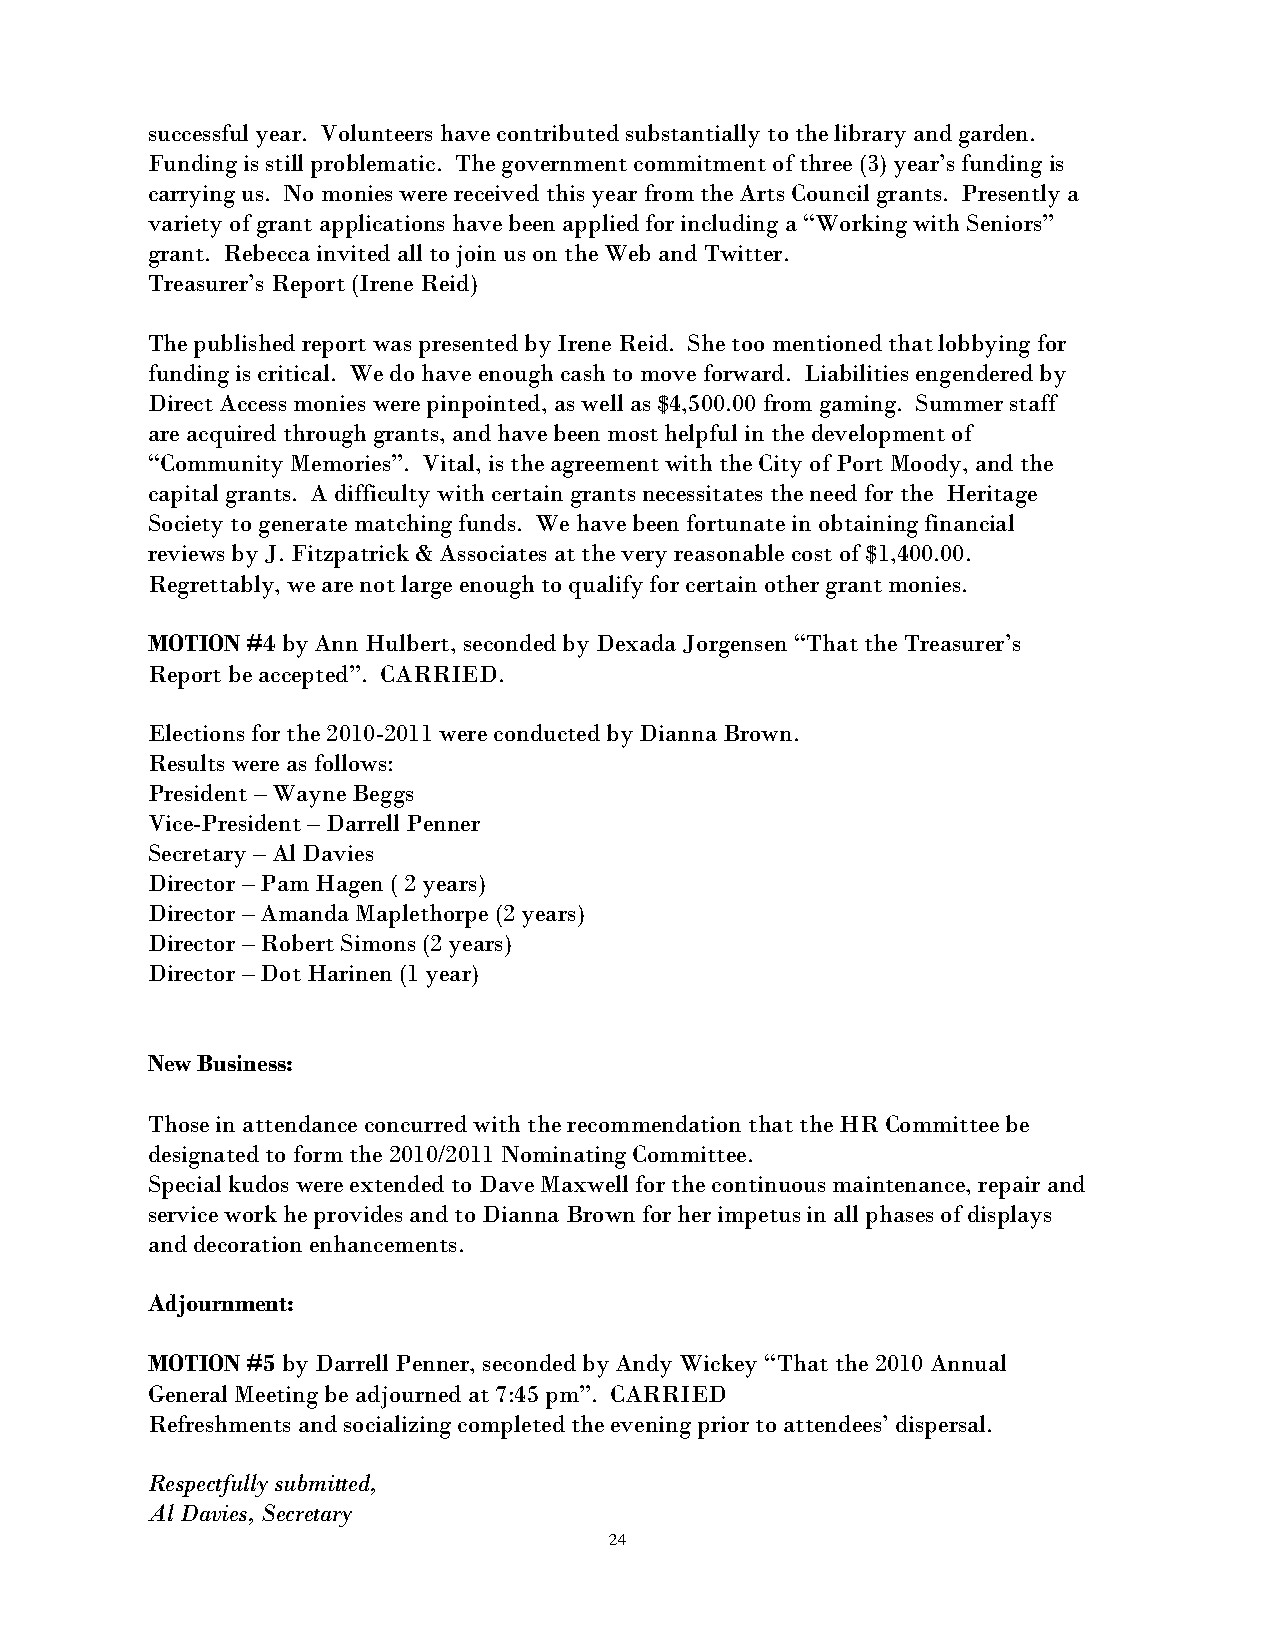
successful year. Volunteers have contributed substantially to the library and garden.
 Funding is still problematic. The government commitment of three (3) year’s funding is
 carrying us. No monies were received this year from the Arts Council grants. Presently a
 variety of grant applications have been applied for including a “Working with Seniors”
 grant. Rebecca invited all to join us on the Web and Twitter.
 Treasurer’s Report (Irene Reid)
 The published report was presented by Irene Reid. She too mentioned that lobbying for
 funding is critical. We do have enough cash to move forward. Liabilities engendered by
 Direct Access monies were pinpointed, as well as $4,500.00 from gaming. Summer staff
 are acquired through grants, and have been most helpful in the development of
 “Community Memories”. Vital, is the agreement with the City of Port Moody, and the
 capital grants. A difficulty with certain grants necessitates the need for the Heritage
 Society to generate matching funds. We have been fortunate in obtaining financial
 reviews by J. Fitzpatrick & Associates at the very reasonable cost of $1,400.00.
 Regrettably, we are not large enough to qualify for certain other grant monies.
 MOTION #4 by Ann Hulbert, seconded by Dexada Jorgensen “That the Treasurer’s
 Report be accepted”. CARRIED.
 Elections for the 2010-2011 were conducted by Dianna Brown.
 Results were as follows:
 President – Wayne Beggs
 Vice-President – Darrell Penner
 Secretary – Al Davies
 Director – Pam Hagen ( 2 years)
 Director – Amanda Maplethorpe (2 years)
 Director – Robert Simons (2 years)
 Director – Dot Harinen (1 year)
 New Business:
 Those in attendance concurred with the recommendation that the HR Committee be
 designated to form the 2010/2011 Nominating Committee.
 Special kudos were extended to Dave Maxwell for the continuous maintenance, repair and
 service work he provides and to Dianna Brown for her impetus in all phases of displays
 and decoration enhancements.
 Adjournment:
 MOTION #5 by Darrell Penner, seconded by Andy Wickey “That the 2010 Annual
 General Meeting be adjourned at 7:45 pm”. CARRIED
 Refreshments and socializing completed the evening prior to attendees’ dispersal.
 Respectfully submitted,
 Al Davies, Secretary
 24